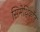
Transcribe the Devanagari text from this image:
सिमेथिकॉन